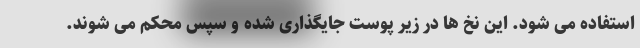
استفاده می شود. این نخ ها در زیر پوست جایگذاری شده و سپس محکم می شوند.